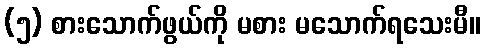
(၅) စားသောက်ဖွယ်ကို မစား မသောက်ရသေးမီ။